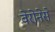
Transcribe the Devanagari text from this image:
वेरोनेसे